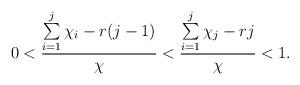
LaTeX: \begin{align*}0 < \frac{ \sum\limits _{i=1}^j\chi_i - r(j-1)}{\chi} < \frac{\sum\limits_{i=1}^j\chi_j-rj}{\chi} < 1. \end{align*}